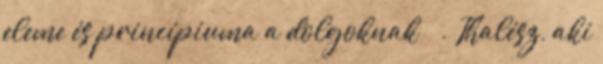
eleme és princípiuma a dolgoknak . Thalész, aki